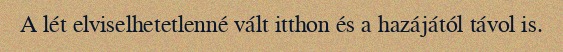
A lét elviselhetetlenné vált itthon és a hazájától távol is.